Eesti_Ajutise_Valitsuse_Peavolinikud, lk 2
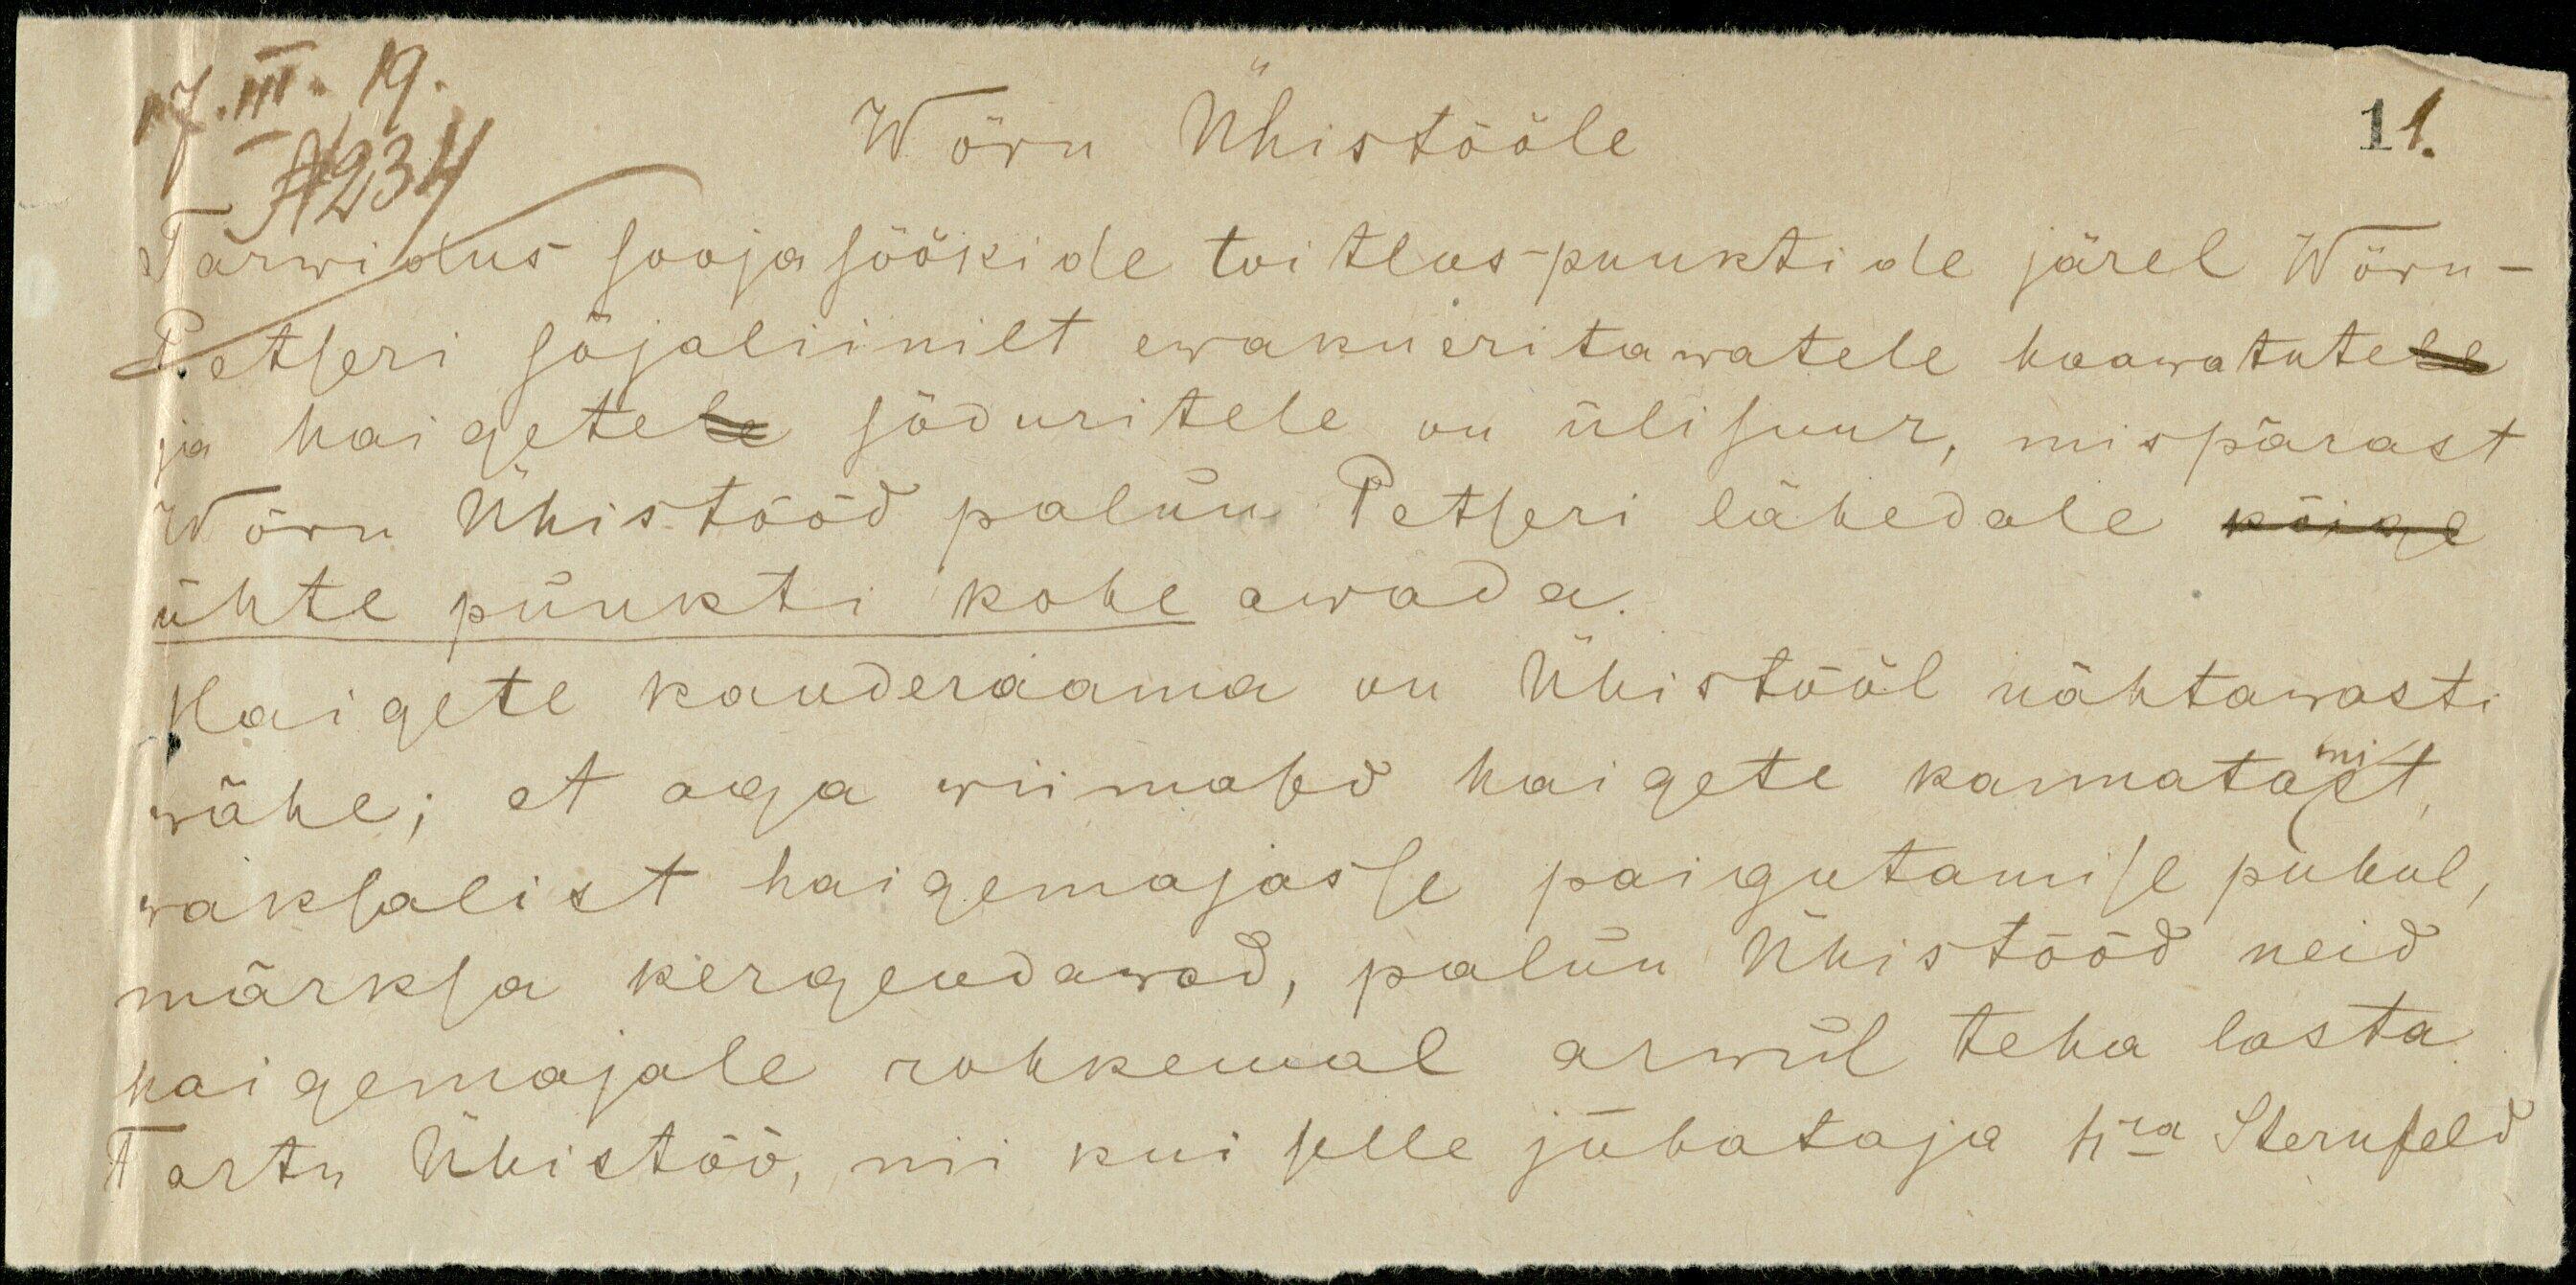
11.

Wõru Ühistööle
17.III.19.
N234
Tarwidus soojasöökide toitluspunktide järel Wõru-
Petseri sõjaliinilt ewakueritawatele haawatutele
ja haigetele sõduritele on üli suur, mispärast
Wõru Ühistööd palun Petseri lähedale kõige
ühte punkti kohe awada.
Haigete kanderaama on Ühistööl nähtawasti
wähe; et aga wiimased haigete kannatamist
waksalist haigemajasse paigutamise puhul
märksa kergendawad, palun Ühistööd neid
haigemajale rohkemal arwul teha lasta
Tartu Ühistöö, nii kui selle juhataja hra Sternfeld